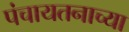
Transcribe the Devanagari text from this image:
पंचायतनाच्या